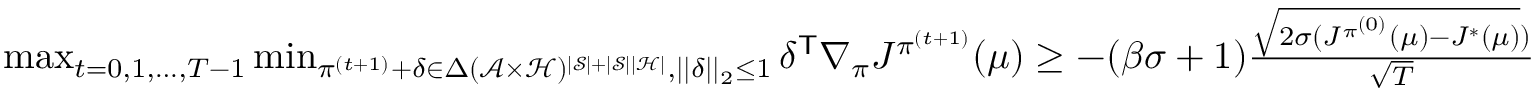
\begin{array} { r } { \operatorname* { m a x } _ { t = 0 , 1 , \ldots , T - 1 } \operatorname* { m i n } _ { \pi ^ { ( t + 1 ) } + \delta \in { \Delta } ( \mathcal { A } \times \mathcal { H } ) ^ { | \mathcal { S } | + | \mathcal { S } | | \mathcal { H } | } , | | \delta | | _ { 2 } \le 1 } \delta ^ { \mathsf T } \nabla _ { \pi } J ^ { \pi ^ { ( t + 1 ) } } ( \mu ) \ge - ( \beta \sigma + 1 ) \frac { \sqrt { 2 \sigma ( J ^ { \pi ^ { ( 0 ) } } ( \mu ) - J ^ { * } ( \mu ) } ) } { \sqrt { T } } } \end{array}